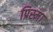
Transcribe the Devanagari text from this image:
प्रिस्मा